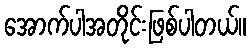
အောက်ပါအတိုင်းဖြစ်ပါတယ်။